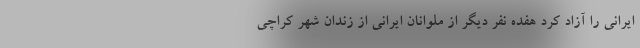
ایرانی را آزاد کرد هفده نفر دیگر از ملوانان ایرانی از زندان شهر کراچی